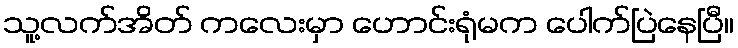
သူ့လက်အိတ် ကလေးမှာ ဟောင်းရုံမက ပေါက်ပြဲနေပြီ။